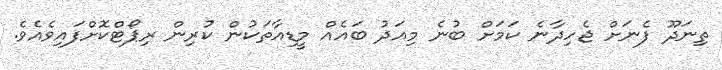
ތިނަދޫ ފެނަށް ޖެހިދާނެ ކަމަށް ބުނެ މިއަދު ބައެއް މީޑިއާތަކުން ކުރިން ރިޕޯޓްކޮށްފައިވެއެވެ.